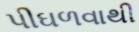
પીઘળવાથી